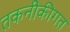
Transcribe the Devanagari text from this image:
तकनीकीगत